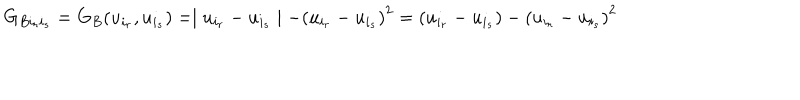
LaTeX: G _ { B i _ { r } i _ { s } } = G _ { B } ( u _ { i _ { r } } , u _ { i _ { s } } ) = \mid u _ { i _ { r } } - u _ { i _ { s } } \mid - { ( u _ { i _ { r } } - u _ { i _ { s } } ) } ^ { 2 } = ( u _ { i _ { r } } - u _ { i _ { s } } ) - { ( u _ { i _ { r } } - u _ { i _ { s } } ) } ^ { 2 }